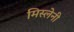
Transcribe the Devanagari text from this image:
मिस्लेनी